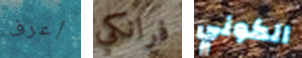
أعرف فرانكي الكوني